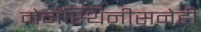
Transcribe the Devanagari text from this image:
मेगॅस्थिनीसनेही